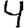
Digit: 4